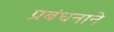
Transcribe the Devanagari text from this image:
प्रबंधनाने